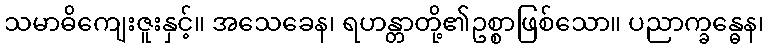
သမာဓိကျေးဇူးနှင့်။ အသေခေန၊ ရဟန္တာတို့၏ဥစ္စာဖြစ်သော။ ပညာက္ခန္ဓေန၊